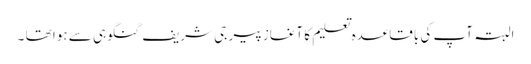
البتہ آپ کی باقاعدہ تعلیم کا آغاز پیر جی شریف گنگوہی سے ہوا تھا ۔